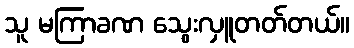
သူ မကြာခဏ သွေးလှူတတ်တယ်။